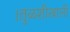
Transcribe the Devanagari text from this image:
।तुळशीखाली